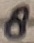
Text: 8